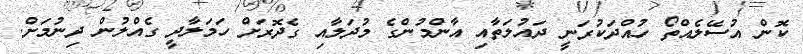
ކޮން އުސޭލެއްތޯ ހުއްދަކުރަނީ ދައުލަތާއި އާންމުންގެ މުދަލާއި ގެދޮރަށް ހަމަލާދީ ގެއްލުން ދިނުމަށް.